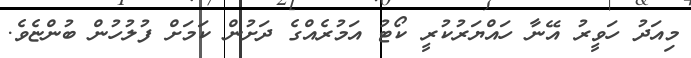
މިއަދު ހަވީރު އޭނާ ހައްޔަރުކުރީ ކޯޓު އަމުރެއްގެ ދަށުން ކަމަށް ފުލުހުން ބުންޏެވެ.